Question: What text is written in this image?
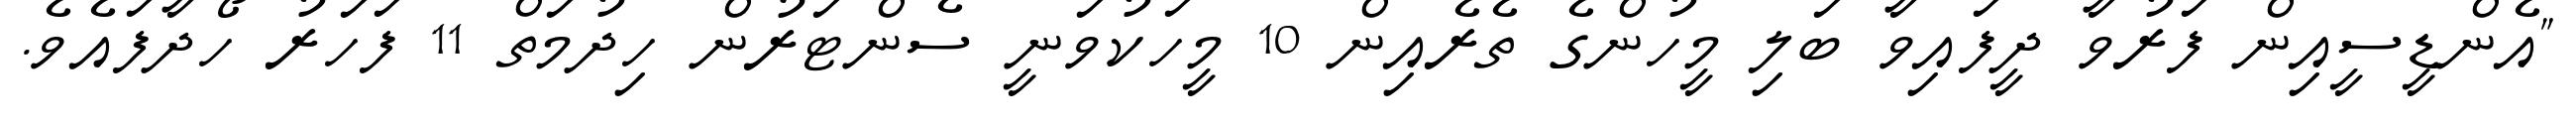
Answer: "އެންޑީސީއިން ފަރުވާ ދީފައިވާ ބަލި މީހުންގެ ތެރެއިން 10 މީހަކުވަނީ ސެންޓަރުން ހިދުމަތް 11 ފަހަރު ހޯދާފައެވެ.